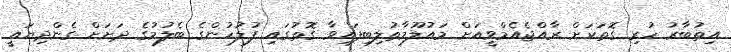
އިތުބާރު ހުރި ގޮތަކަށް ރާއްޖެއެމްވީއަށް މައުލޫމާތުލިބިފައިވާ ގޮތުގައި ފުލުހުންގެ ބެލުމުގެ ދަށަށް ގެންދިޔައީ